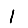
Digit: 1